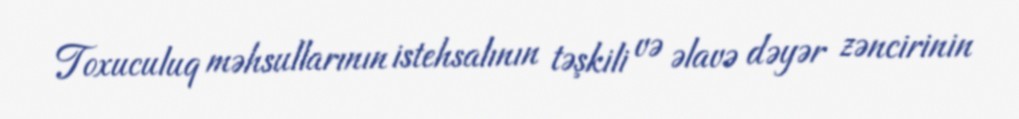
Toxuculuq məhsullarının istehsalının təşkili və əlavə dəyər zəncirinin